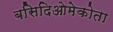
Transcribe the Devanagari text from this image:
बसिदिओमेकोता